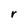
Character: r